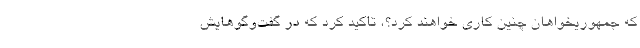
که جمهوریخواهان چنین کاری خواهند کرد؟، تاکید کرد که در گفت‌وگوهایش